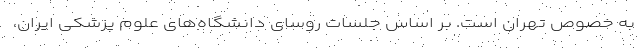
به خصوص تهران است. بر اساس جلسات روسای دانشگاه‌های علوم پزشکی ایران،